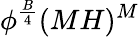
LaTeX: \phi^{\frac{B}{4}}(MH)^{M}